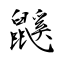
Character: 鼷